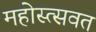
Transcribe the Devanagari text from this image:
महोस्त्सवत